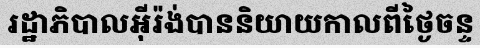
រដ្ឋាភិបាលអ៊ីរ៉ង់បាននិយាយកាលពីថ្ងៃចន្ទ